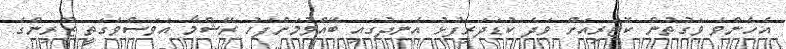
އެހެންވެ ވަގުތުން ކޮޓަރިއަށް ވަދެ ކުޑަދަރިފުޅު އެނދުގައި ބޭއްވުމަށްފަހު ރޭޝްމާ އަވަސްވެގަތީ ޒޫރިންގެ